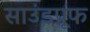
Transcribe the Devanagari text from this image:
साउंडप्रूफ